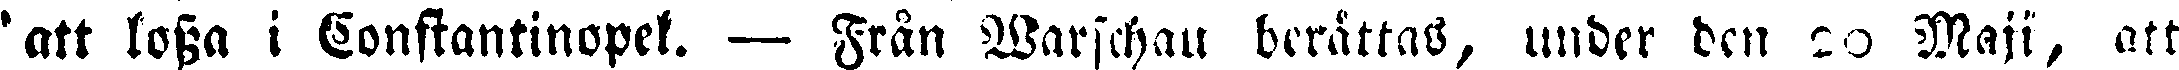
'att lossa i Constantinopel. — Från Warschau berättas, under den 20 Maji, att